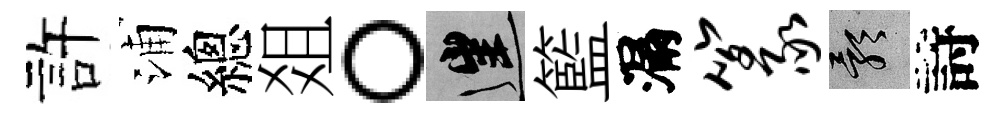
許浦總爼。往籃漏篆影詩